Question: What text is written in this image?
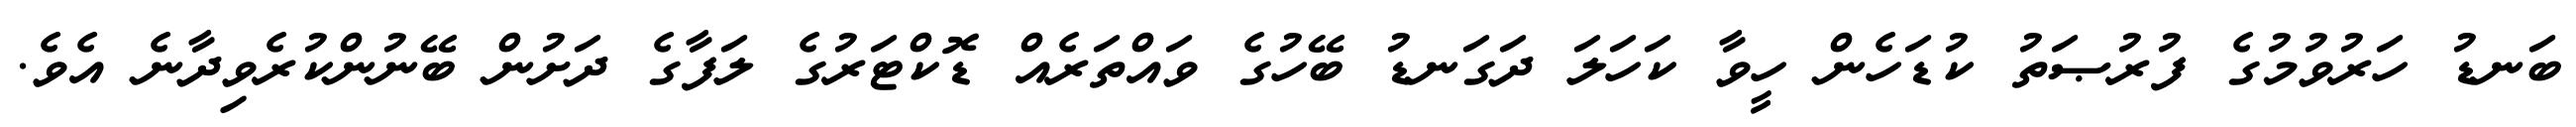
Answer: ބަނޑު ހަރުވުމުގެ ފުރުޞަތު ކުޑަހެން ހީވާ ކަހަލަ ދަގަނޑު ބޭހުގެ ވައްތަރެއް ޑޮކްޓަރުގެ ލަފާގެ ދަށުން ބޭނުންކުރެވިދާނެ އެވެ.